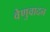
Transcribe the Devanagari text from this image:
वेणुवादन